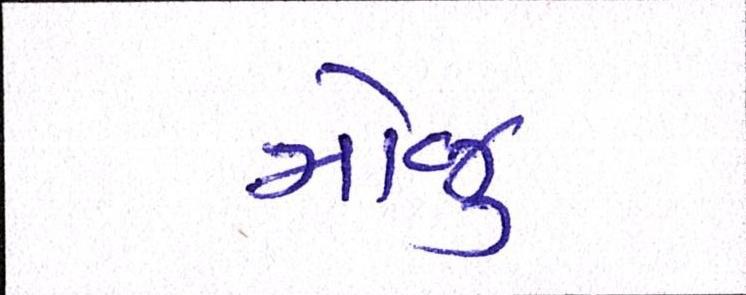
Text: મોજુ